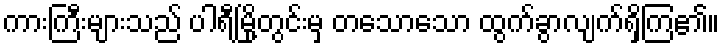
ကားကြီးများသည် ပါရီမြို့တွင်းမှ တသောသော ထွက်ခွာလျက်ရှိကြ၏။